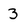
Character: 3